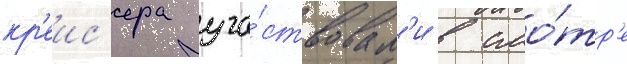
кр'еис'ера уча́ствовал'и в смо́тр'е